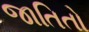
જાતિતો